Language: tamil
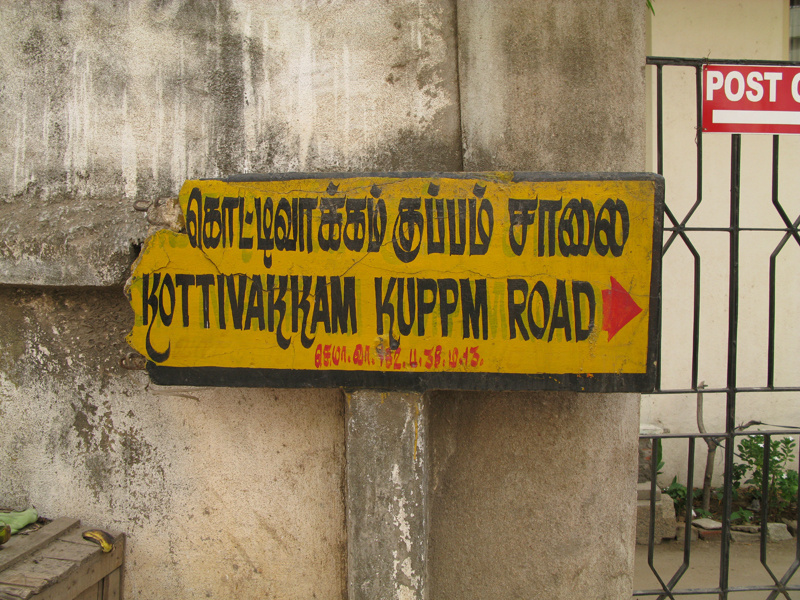
Transcription: கொட்டிவாக்கம் குப்பம் சாலை